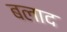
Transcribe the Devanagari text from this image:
बलाद